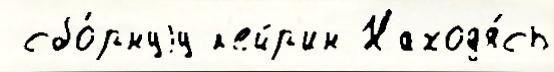
 сбо́рнуjу к'ейр'ин Наход'я́сь